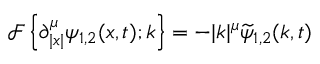
{ \mathcal { F } } \left\{ \partial _ { | x | } ^ { \mu } \psi _ { 1 , 2 } ( x , t ) ; k \right\} = - | k | ^ { \mu } \widetilde { \psi } _ { 1 , 2 } ( k , t )